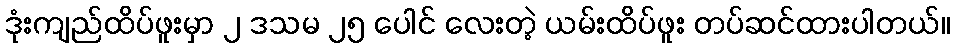
ဒုံးကျည်ထိပ်ဖူးမှာ ၂ ဒသမ ၂၅ ပေါင် လေးတဲ့ ယမ်းထိပ်ဖူး တပ်ဆင်ထားပါတယ်။